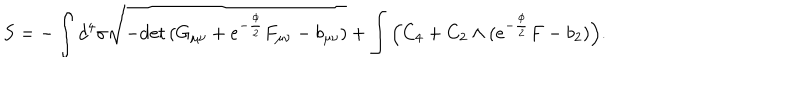
LaTeX: S = - \int d ^ { 4 } \sigma \sqrt { - \mathrm { d e t } \, ( G _ { \mu \nu } + e ^ { - \frac { \phi } { 2 } } F _ { \mu \nu } - b _ { \mu \nu } ) } + \int \Big ( C _ { 4 } + C _ { 2 } \wedge ( e ^ { - \frac { \phi } { 2 } } F - b _ { 2 } ) \Big ) .